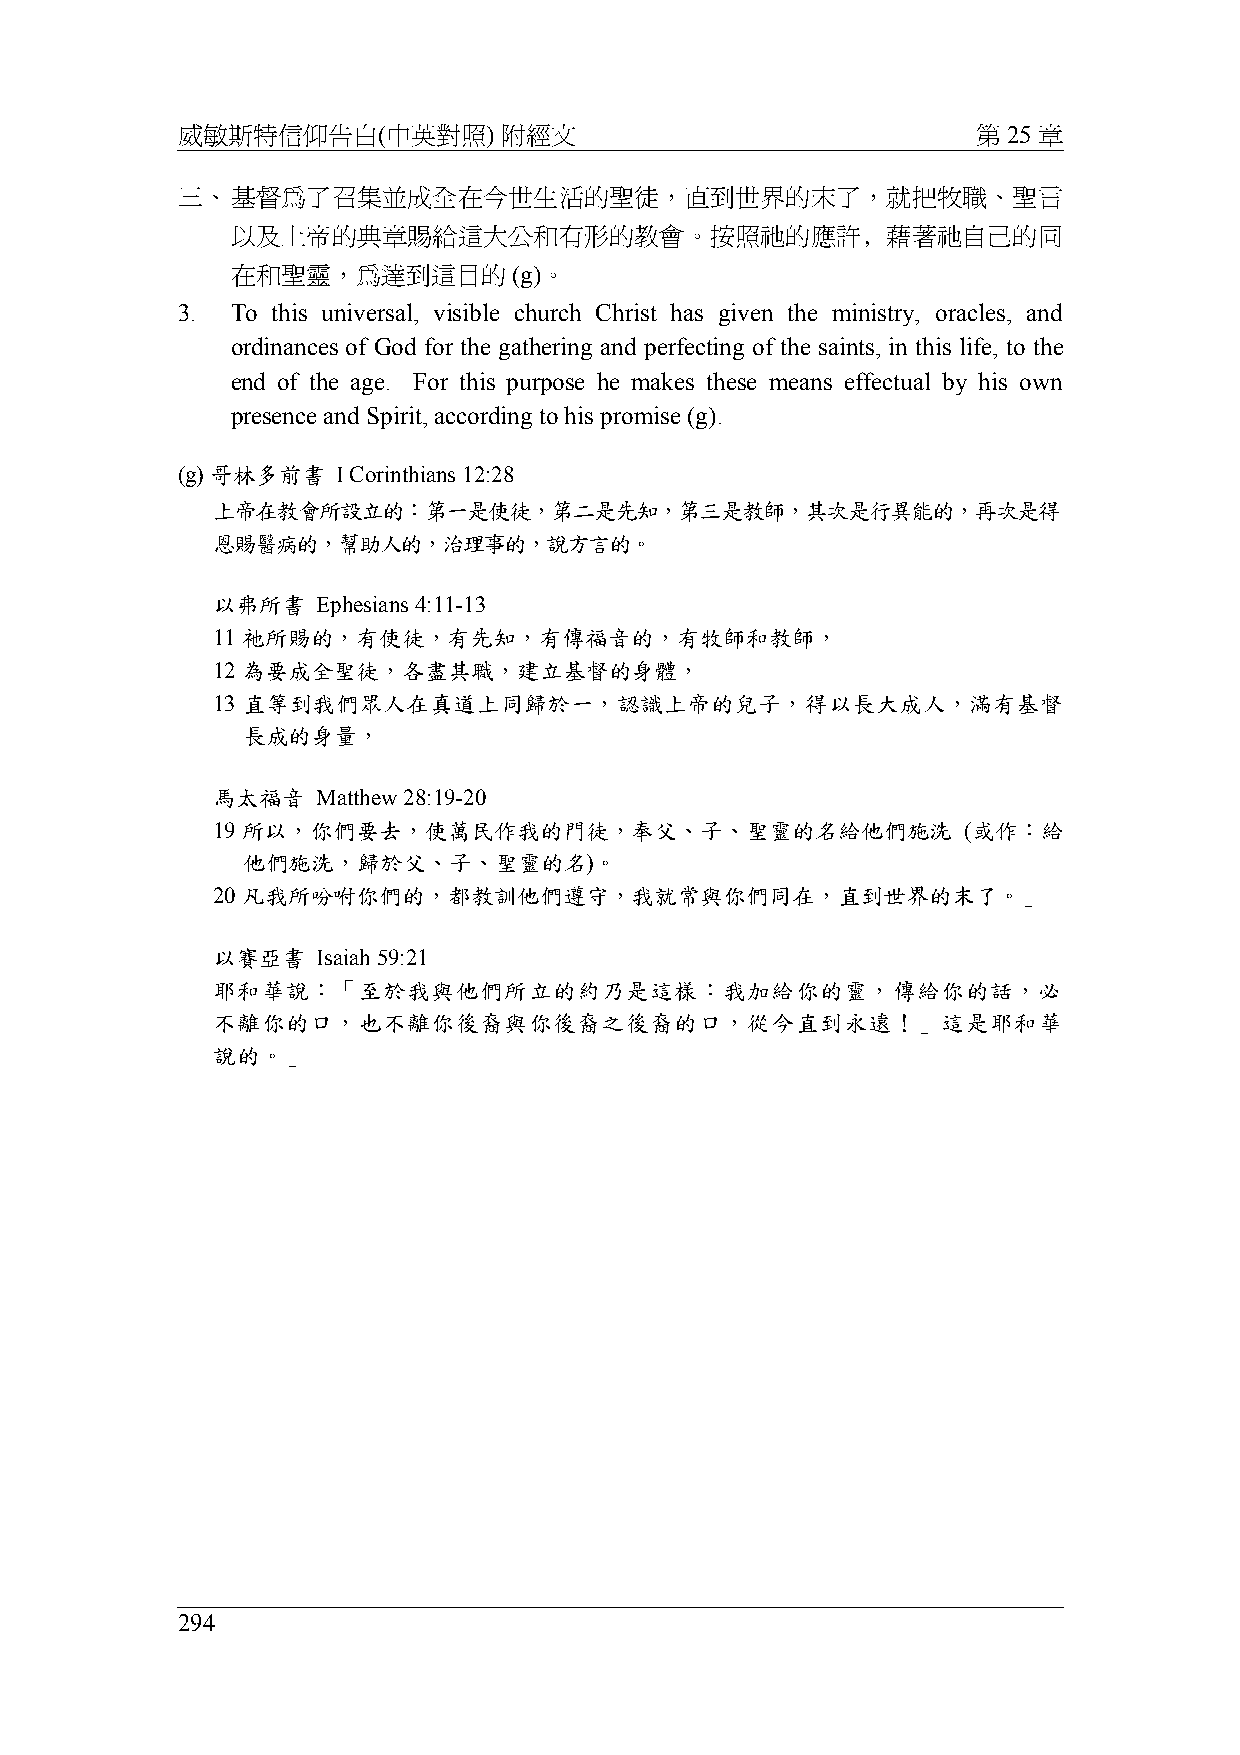
威敏斯特信仰告白(中英對照)       附經文                             第 25 章
 三、基督為了召集並成全在今世生活的聖徒，直到世界的末了，就把牧職、聖言
 以及上帝的典章賜給這大公和有形的教會。按照祂的應許﹐藉著祂自己的同
 在和聖靈，為達到這目的        (g)。
 3. To this universal, visible church Christ has given the ministry, oracles, and
 ordinances of God for the gathering and perfecting of the saints, in this life, to the
 end of the age. For this purpose he makes these means effectual by his own
 presence and Spirit, according to his promise (g).
 (g) 哥林多前書 I Corinthians 12:28
 上帝在教會所設立的：第一是使徒，第二是先知，第三是教師，其次是行異能的，再次是得
 恩賜醫病的，幫助人的，治理事的，說方言的。
 以弗所書   Ephesians 4:11-13
 11 祂所賜的，有使徒，有先知，有傳福音的，有牧師和教師，
 12 為要成全聖徒，各盡其職，建立基督的身體，
 13 直等到我們眾人在真道上同歸於一，認識上帝的兒子，得以長大成人，滿有基督
 長成的身量，
 馬太福音   Matthew 28:19-20
 19 所以，你們要去，使萬民作我的門徒，奉父、子、聖靈的名給他們施洗                (或作：給
 他們施洗，歸於父、子、聖靈的名)。
 20 凡我所吩咐你們的，都教訓他們遵守，我就常與你們同在，直到世界的末了。」
 以賽亞書   Isaiah 59:21
 耶和華說：「至於我與他們所立的約乃是這樣：我加給你的靈，傳給你的話，必
 不離你的口，也不離你後裔與你後裔之後裔的口，從今直到永遠！」這是耶和華
 說的。」
 294